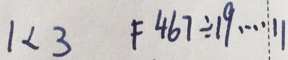
1 < 3 F 4 6 7 \div 1 9 \cdots 1 1